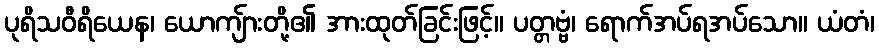
ပုရိသဝီရိယေန၊ ယောကျ်ားတို့၏ အားထုတ်ခြင်းဖြင့်။ ပတ္တဗ္ဗံ၊ ရောက်အပ်ရအပ်သော။ ယံတံ၊